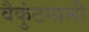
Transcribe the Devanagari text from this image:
वैकुंठगामी